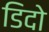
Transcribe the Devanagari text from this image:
डिदो